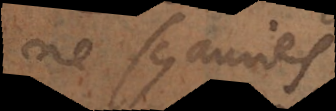
ne sçauries